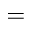
=